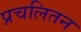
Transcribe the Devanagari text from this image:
प्रचलितन